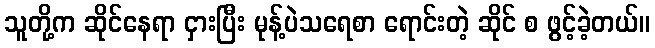
သူတို့က ဆိုင်နေရာ ငှားပြီး မုန့်ပဲသရေစာ ရောင်းတဲ့ ဆိုင် စ ဖွင့်ခဲ့တယ်။